Civil Veterinary Department. Madras. Admin. report 1926-33 - 1926-1933
Year: 1926
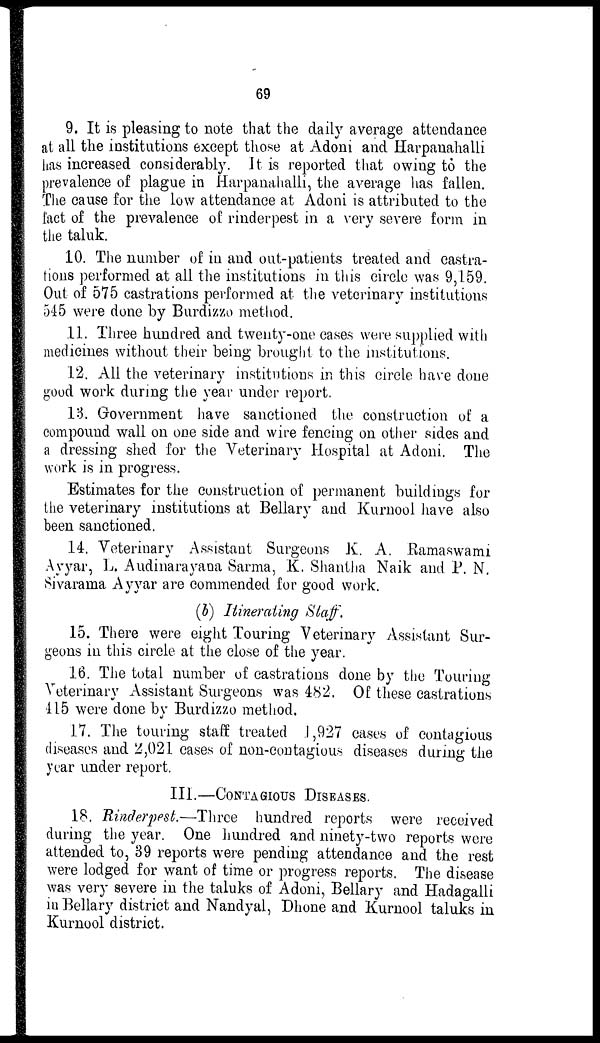
69
9. It is pleasing to note that the daily average attendance
at all the institutions except those at Adoni and Harpanahalli
has increased considerably. It is reported that owing to the
prevalence of plague in Harpanahalli, the average has fallen.
The cause for the low attendance at Adoni is attributed to the
fact of the prevalence of rinderpest in a very severe form in
the taluk.
10. The number of in and out-patients treated and castra-
tions performed at all the institutions in this circle was 9,159.
Out of 575 castrations performed at the veterinary institutions
545 were done by Burdizzo method.
11. Three hundred and twenty-one cases were supplied with
medicines without their being brought to the institutions.
12. All the veterinary institutions in this circle have done
good work during the year under report.
13. Government have sanctioned the construction of a
compound wall on one side and wire fencing on other sides and
a dressing shed for the Veterinary Hospital at Adoni. The
work is in progress.
Estimates for the construction of permanent buildings for
the veterinary institutions at Bellary and Kurnool have also
been sanctioned.
14. Veterinary Assistant Surgeons K. A. Ramaswami
Ayyar, L. Audinarayana Sarma, K. Shantha Naik and P. N.
Sivarama Ayyar are commended for good work.
(b) Itinerating Staff.
15. There were eight Touring Veterinary Assistant Sur-
geons in this circle at the close of the year.
16. The total number of castrations done by the Touring
Veterinary Assistant Surgeons was 482. Of these castrations
415 were done by Burdizzo method.
17. The touring staff treated 1,927 cases of contagious
diseases and 2,021 cases of non-contagious diseases during the
year under report.
III.—CONTAGIOUS DISEASES.
18. Rinderpest.—Three hundred reports were received
during the year. One hundred and ninety-two reports were
attended to, 39 reports were pending attendance and the rest
were lodged for want of time or progress reports. The disease
was very severe in the taluks of Adoni, Bellary and Hadagalli
in Bellary district and Nandyal, Dhone and Kurnool taluks in
Kurnool district.